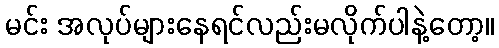
မင်း အလုပ်များနေရင်လည်းမလိုက်ပါနဲ့တော့။